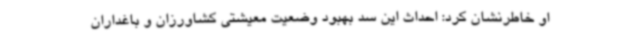
او خاطرنشان کرد: احداث این سد بهبود وضعیت معیشتی کشاورزان و باغداران